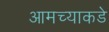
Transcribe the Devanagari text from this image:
आमच्‍याकडे